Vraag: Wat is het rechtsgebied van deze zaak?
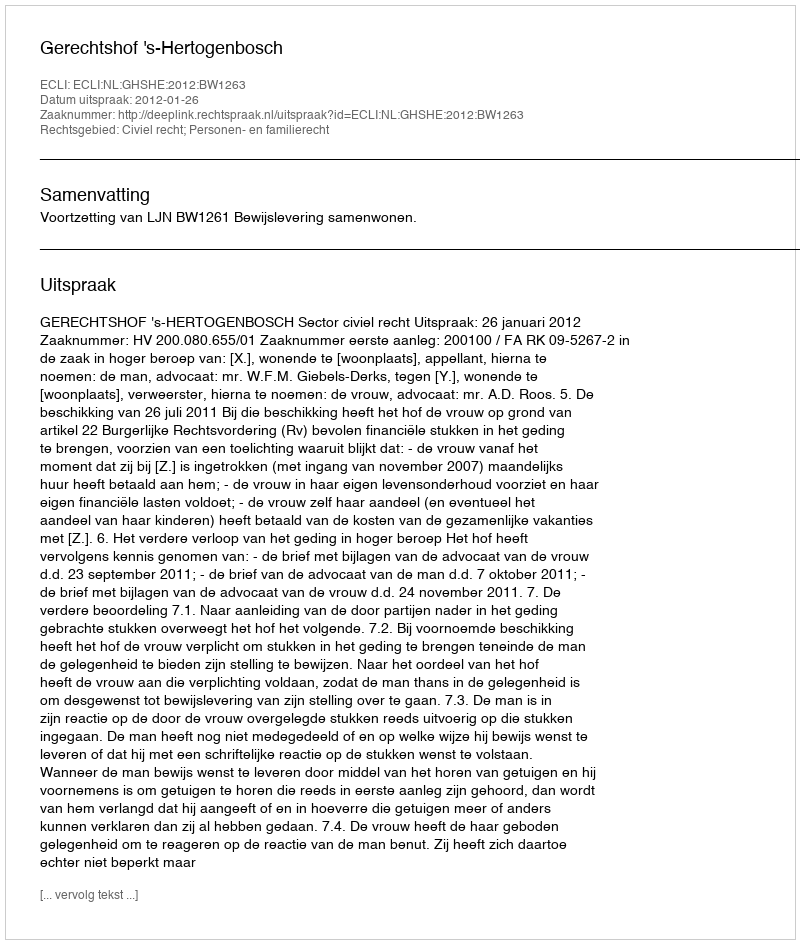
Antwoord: Civiel recht; Personen- en familierecht